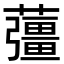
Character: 䕬